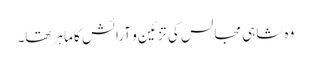
وہ شاہی مجالس کی تزئین و آرائش کا ماہر تھا۔